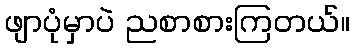
ဖျာပုံမှာပဲ ညစာစားကြတယ်။